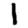
Digit: 1